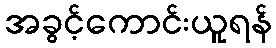
အခွင့်ကောင်းယူရန်